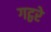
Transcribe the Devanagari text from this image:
गट्ठरे